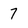
Character: 7